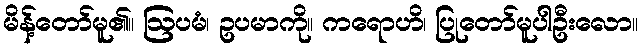
မိန့်တော်မူ၏။ ဩပမံ၊ ဥပမာကို။ ကရောဟိ၊ ပြုတော်မူပါဦးလော။